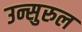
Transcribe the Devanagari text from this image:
उन्सुरुल